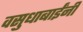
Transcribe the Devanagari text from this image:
वसुधाबाईंनी